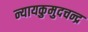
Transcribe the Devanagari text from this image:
न्यायकुमुदचन्द्र